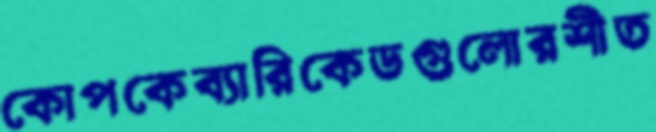
কোপকেব্যারিকেডগুলোরশীত